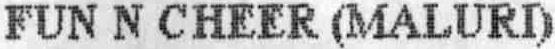
FUN N CHEER (MALURI)